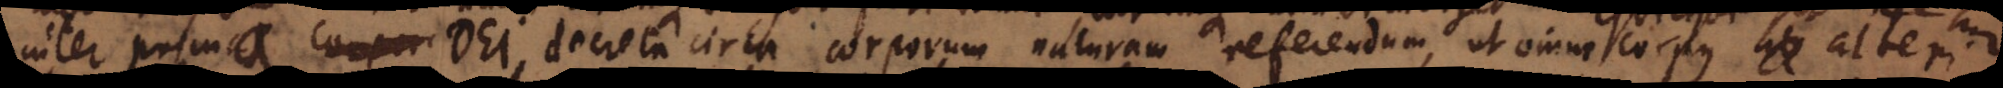
inter prima Dei decreta circa corporum naturam referendum, ut omne corpus alteri